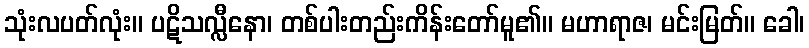
သုံးလပတ်လုံး။ ပဋိသလ္လီနော၊ တစ်ပါးတည်းကိန်းတော်မူ၏။ မဟာရာဇ၊ မင်းမြတ်။ ခေါ၊